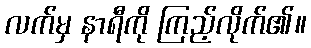
လက်မှ နာရီကို ကြည့်လိုက်၏။